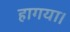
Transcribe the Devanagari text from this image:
हागया।